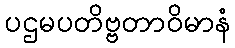
ပဌမပတိဗ္ဗတာဝိမာနံ